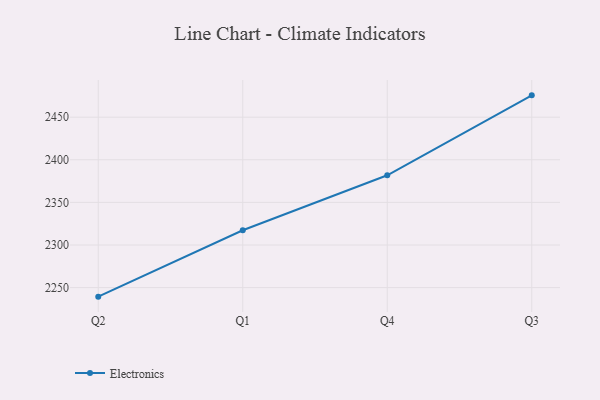
{"axis": {"x": "Quarter", "y": "Production Output"}, "legend": ["Electronics"], "data": [{"x": "Q2", "y": 2239.4, "type": "Electronics"}, {"x": "Q1", "y": 2317.3, "type": "Electronics"}, {"x": "Q4", "y": 2381.8, "type": "Electronics"}, {"x": "Q3", "y": 2475.6, "type": "Electronics"}]}